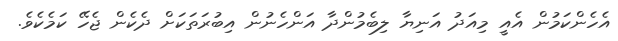
އެހެންކަމުން އެއީ މިއަދު އަނިޔާ ލިބެމުންދާ އަންހެނުން އިބުރަތަކަށް ދެކެން ޖެހޭ ކަމެކެވެ.